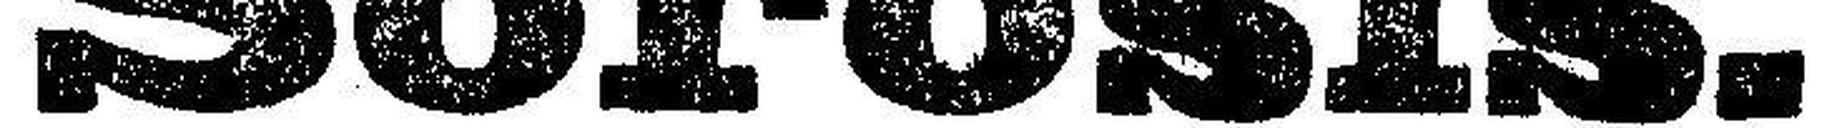
Sorosis.